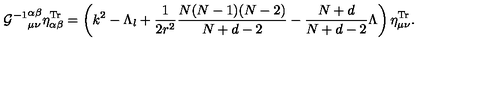
{ { \cal G } ^ { - 1 } } _ { \mu \nu } ^ { \alpha \beta } \eta _ { \alpha \beta } ^ { \mathrm { T r } } = \left( k ^ { 2 } - \Lambda _ { l } + \frac { 1 } { 2 r ^ { 2 } } \frac { N ( N - 1 ) ( N - 2 ) } { N + d - 2 } - \frac { N + d } { N + d - 2 } \Lambda \right) \eta _ { \mu \nu } ^ { \mathrm { T r } } .